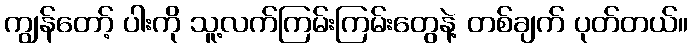
ကျွန်တော့် ပါးကို သူ့လက်ကြမ်းကြမ်းတွေနဲ့ တစ်ချက် ပုတ်တယ်။